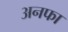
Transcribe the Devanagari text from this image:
अनफा